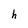
Character: h